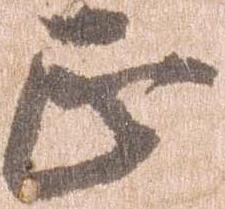
正